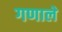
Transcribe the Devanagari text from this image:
गणाले